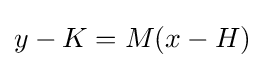
y-K=M(x-H)